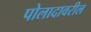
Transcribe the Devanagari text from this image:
पोलादावरील